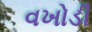
વખોડી